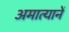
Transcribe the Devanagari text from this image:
अमात्यानें